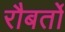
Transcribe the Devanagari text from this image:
रौबर्तो